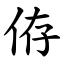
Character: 侟